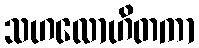
သဟလောဟိတကာ